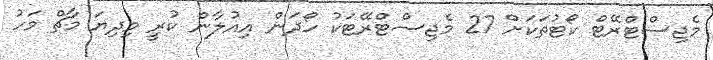
މެޖިސްޓްރޭޓް ކޯޓުތަކަށް 27 މެޖިސްޓްރޭޓަކު ހޯދަން އިއުލާން ކުރީ މިދިޔަ މާޗް މަހު